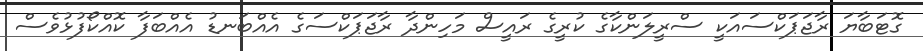
ގޮޓަބާޔަ ރާޖަޕަކްސައަކީ ސްރީލަންކާގެ ކުރީގެ ރައީސް މަހިންދާ ރާޖަޕަކްސަގެ އެއްބަނޑު އެއްބަފާ ކޮއްކޯފުޅުވެސް